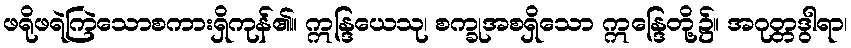
ဖရိုဖရဲကြဲသောစကားရှိကုန်၏။ ဣန္ဒြယေသု၊ စက္ခုအစရှိသော ဣန္ဒြေတို့၌။ အဂုတ္တဒွါရာ၊